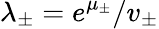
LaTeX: \lambda_{\pm}=e^{\mu_{\pm}}/v_{\pm}